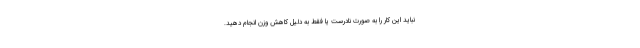
نباید این کار را به صورت نادرست یا فقط به دلیل کاهش وزن انجام دهید.